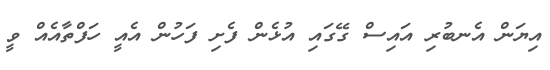
އިޔަން އެނބުރި އައިސް ގޭގައި އުޅެން ފެށި ފަހުން އެއީ ހަފްތާއެއް ވީ